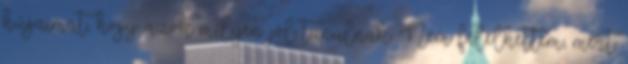
húgaimat, hogy azok milyen jól tanulnak. Nem felelhettem, mert